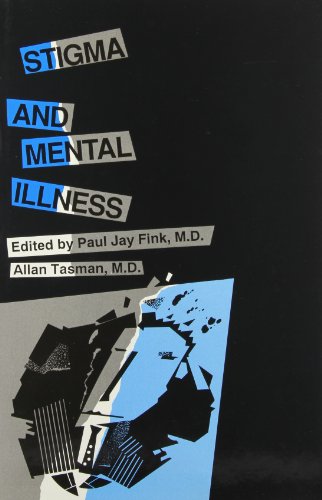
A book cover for Stigma and Mental Illness; Paul Jay Fink; Law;